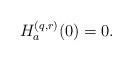
LaTeX: \begin{align*} H_a^{(q,r)}(0) = 0.\end{align*}